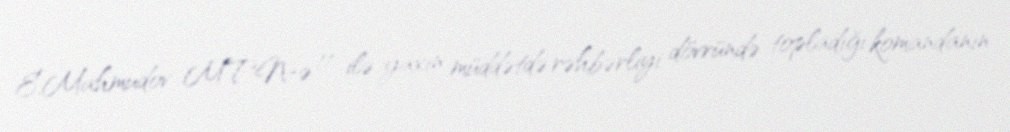
E.Mahmudov MTN-ə 11 ilə yaxın müddətdə rəhbərliyi dövründə topladığı komandanın